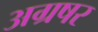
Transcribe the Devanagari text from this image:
अग्रषर